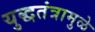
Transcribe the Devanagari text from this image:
युद्धतंत्रामुळे